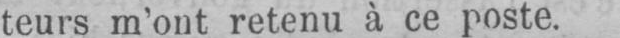
teurs m’ont retenu à ce poste.